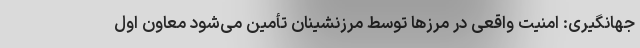
جهانگیری: امنیت واقعی در مرزها توسط مرزنشینان تأمین می‌شود معاون اول